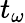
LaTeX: t_{\omega}